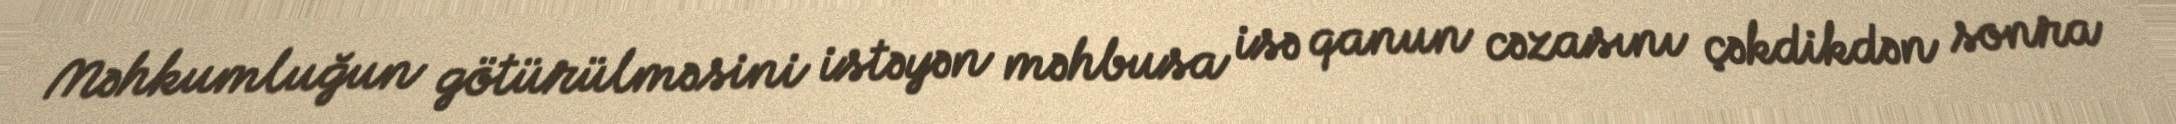
Məhkumluğun götürülməsini istəyən məhbusa isə qanun cəzasını çəkdikdən sonra